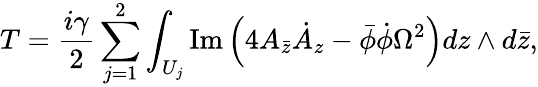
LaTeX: T=\frac{i\gamma}{2}\sum_{j=1}^{2}\int_{U_{j}}\mathrm{Im}\left(4A_{\bar{z}}\dot{A}_{z}-\bar{\phi}\dot{\phi}\Omega^{2}\right)dz\wedge d\bar{z},